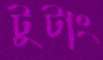
টুটাং